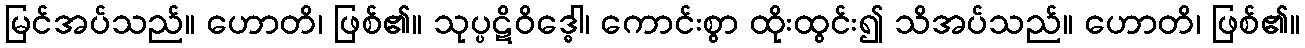
မြင်အပ်သည်။ ဟောတိ၊ ဖြစ်၏။ သုပ္ပဋိဝိဒ္ဓေါ၊ ကောင်းစွာ ထိုးထွင်း၍ သိအပ်သည်။ ဟောတိ၊ ဖြစ်၏။